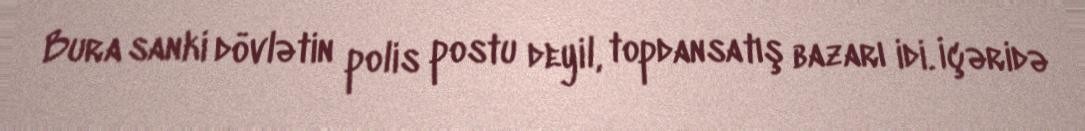
Bura sanki dövlətin polis postu deyil, topdansatış bazarı idi. İçəridə